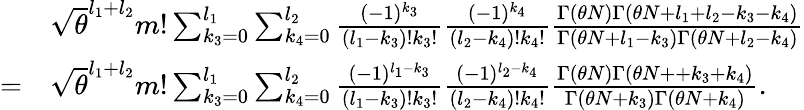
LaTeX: \begin{array}{rl}&{\sqrt{\theta}^{l_{1}+l_{2}}m!\sum_{k_{3}=0}^{l_{1}}\sum_{k_{4}=0}^{l_{2}}\frac{(-1)^{k_{3}}}{(l_{1}-k_{3})!k_{3}!}\frac{(-1)^{k_{4}}}{(l_{2}-k_{4})!k_{4}!}\frac{\Gamma(\theta N)\Gamma(\theta N+l_{1}+l_{2}-k_{3}-k_{4})}{\Gamma(\theta N+l_{1}-k_{3})\Gamma(\theta N+l_{2}-k_{4})}}\\ {=}&{\sqrt{\theta}^{l_{1}+l_{2}}m!\sum_{k_{3}=0}^{l_{1}}\sum_{k_{4}=0}^{l_{2}}\frac{(-1)^{l_{1}-k_{3}}}{(l_{1}-k_{3})!k_{3}!}\frac{(-1)^{l_{2}-k_{4}}}{(l_{2}-k_{4})!k_{4}!}\frac{\Gamma(\theta N)\Gamma(\theta N++k_{3}+k_{4})}{\Gamma(\theta N+k_{3})\Gamma(\theta N+k_{4})}.}\end{array}